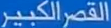
القصر الكبير